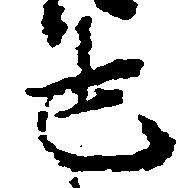
宣